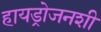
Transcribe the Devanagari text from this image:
हायड्रोजनशी